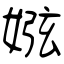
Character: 娹